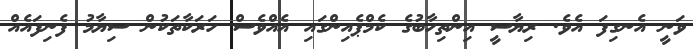
ވަނީ އެނގިފަ އެވެ. ރިޔާސީ އިންތިހާބުގެ ކެމްޕެއިންގައި އެއްވެސް ހަރަކާތަކުން ސިޔާމު ފެނިފައެއް